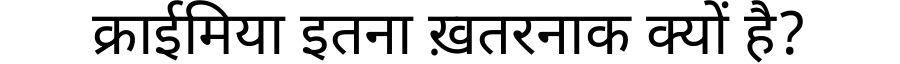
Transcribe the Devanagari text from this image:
क्राईमिया इतना ख़तरनाक क्यों है?